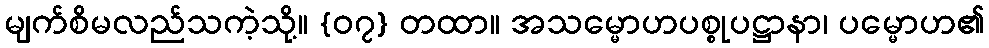
မျက်စိမလည်သကဲ့သို့။ {၀၇} တထာ။ အသမ္မောဟပစ္စုပဋ္ဌာနာ၊ ပမ္မောဟ၏